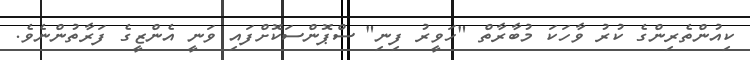
ކިއުންތެރިންގެ ކުރު ވާހަކަ މުބާރާތް "ހަވީރު ފިނި" ސްޕޮންސަކޮށްފައި ވަނީ އެންޒީގެ ފަރާތުންނެވެ.